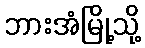
ဘားအံမြို့သို့